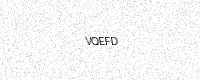
Text: VQEFD